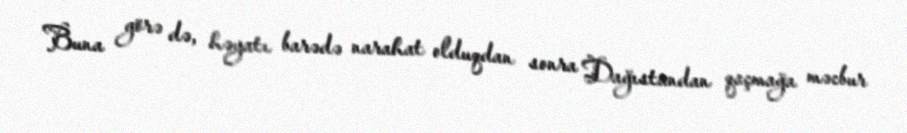
Buna görə də, həyatı barədə narahat olduqdan sonra Dağıstandan qaçmağa məcbur